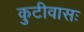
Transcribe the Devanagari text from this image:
कुटीवासः